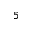
5